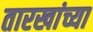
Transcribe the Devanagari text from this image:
तारखांच्या